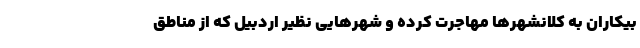
بیکاران به کلانشهرها مهاجرت کرده و شهرهایی نظیر اردبیل که از مناطق